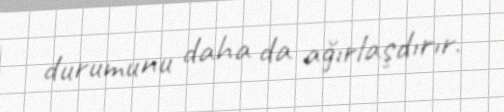
durumunu daha da ağırlaşdırır.